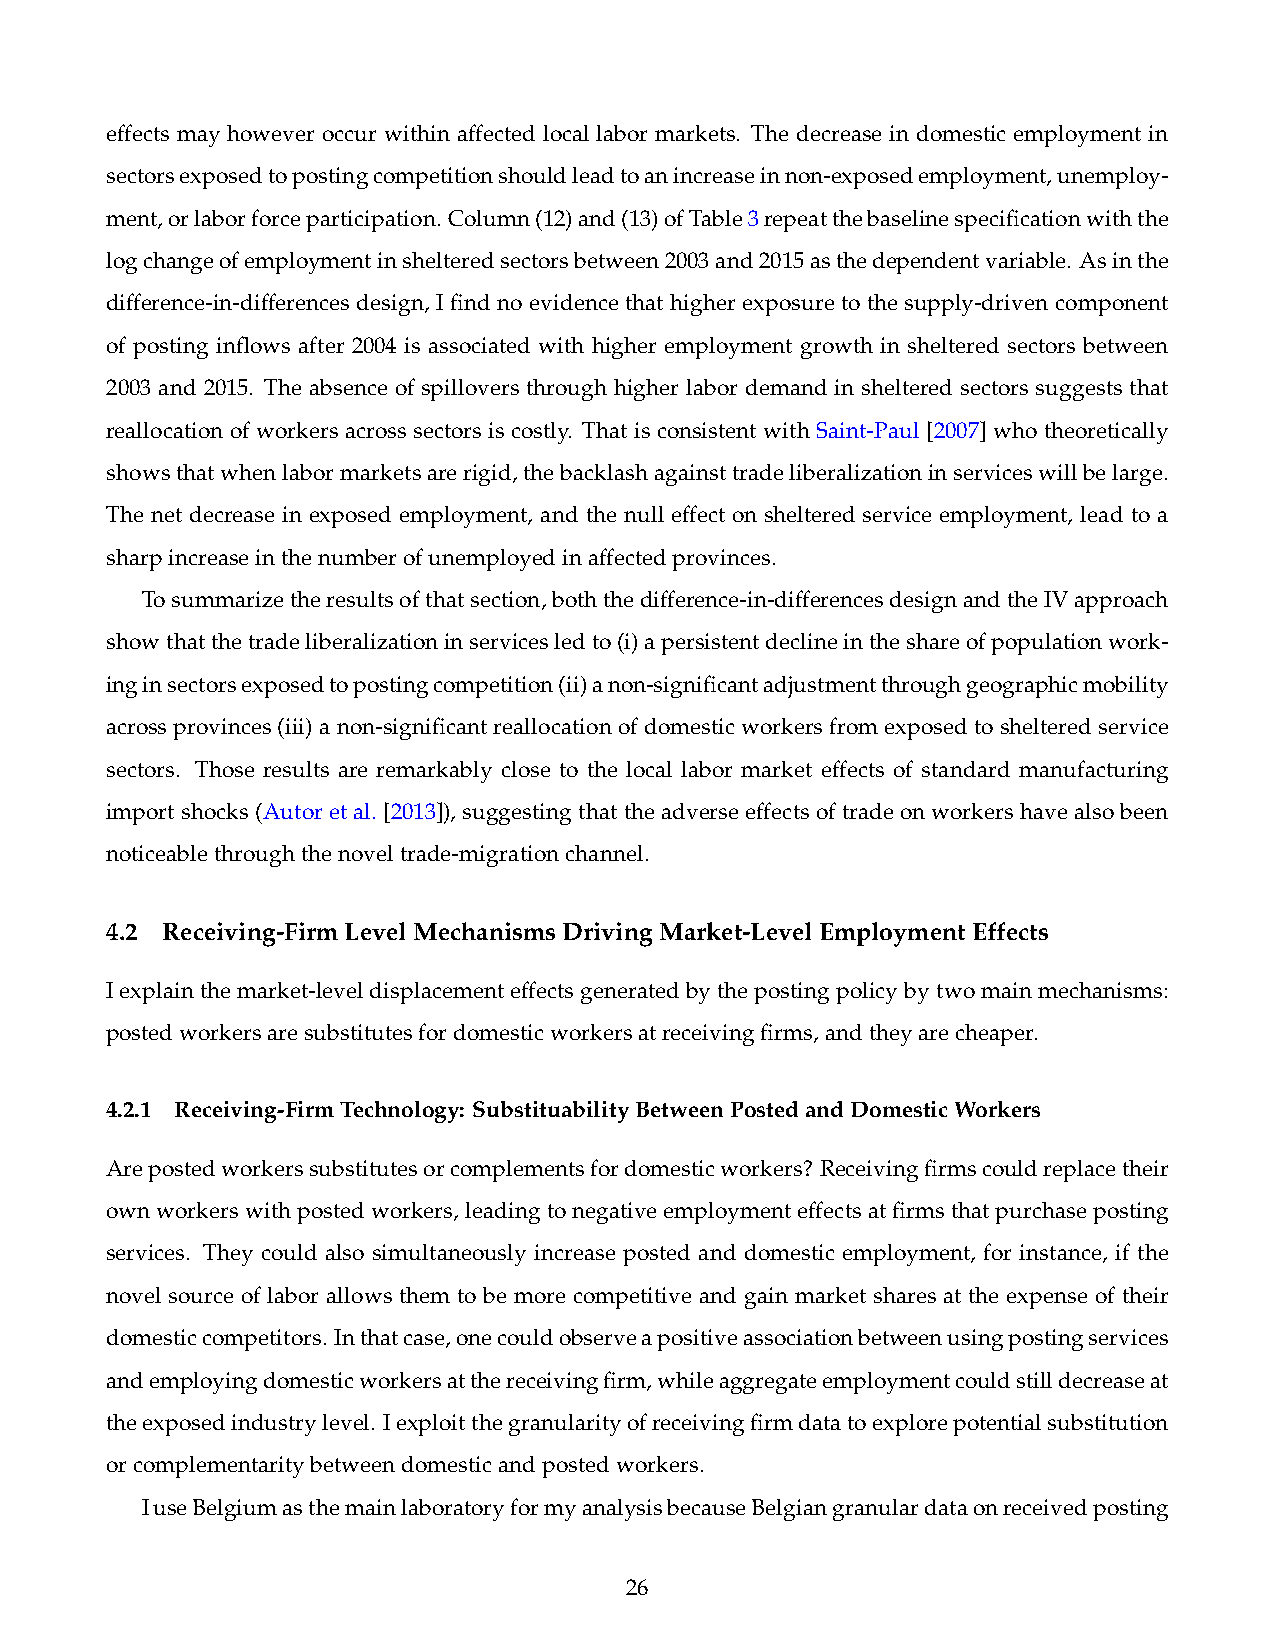
effects may however occur within affected local labor markets. The decrease in domestic employment in
 sectorsexposedtopostingcompetitionshouldleadtoanincreaseinnon-exposedemployment,unemploy-
 ment,orlaborforceparticipation. Column(12)and(13)ofTable3repeatthebaselinespecificationwiththe
 logchangeofemploymentinshelteredsectorsbetween2003and2015asthedependentvariable. Asinthe
 difference-in-differences design, I find no evidence that higher exposure to the supply-driven component
 of posting inflows after 2004 is associated with higher employment growth in sheltered sectors between
 2003 and 2015. The absence of spillovers through higher labor demand in sheltered sectors suggests that
 reallocation of workers across sectors is costly. That is consistent with Saint-Paul [2007] who theoretically
 showsthatwhenlabormarketsarerigid,thebacklashagainsttradeliberalizationinserviceswillbelarge.
 The net decrease in exposed employment, and the null effect on sheltered service employment, lead to a
 sharpincreaseinthenumberofunemployedinaffectedprovinces.
 Tosummarizetheresultsofthatsection,boththedifference-in-differencesdesignandtheIVapproach
 showthatthetradeliberalizationinservicesledto(i)apersistentdeclineintheshareofpopulationwork-
 inginsectorsexposedtopostingcompetition(ii)anon-significantadjustmentthroughgeographicmobility
 acrossprovinces(iii)anon-significantreallocationofdomesticworkersfromexposedtoshelteredservice
 sectors. Those results are remarkably close to the local labor market effects of standard manufacturing
 importshocks(Autoretal.[2013]),suggestingthattheadverseeffectsoftradeonworkershavealsobeen
 noticeablethroughthenoveltrade-migrationchannel.
 4.2 Receiving-FirmLevelMechanismsDrivingMarket-LevelEmploymentEffects
 Iexplainthemarket-leveldisplacementeffectsgeneratedbythepostingpolicybytwomainmechanisms:
 postedworkersaresubstitutesfordomesticworkersatreceivingfirms,andtheyarecheaper.
 4.2.1 Receiving-FirmTechnology: SubstituabilityBetweenPostedandDomesticWorkers
 Arepostedworkerssubstitutesorcomplementsfordomesticworkers? Receivingfirmscouldreplacetheir
 ownworkerswithpostedworkers,leadingtonegativeemploymenteffectsatfirmsthatpurchaseposting
 services. They could also simultaneously increase posted and domestic employment, for instance, if the
 novel source of labor allows them to be more competitive and gain market shares at the expense of their
 domesticcompetitors. Inthatcase,onecouldobserveapositiveassociationbetweenusingpostingservices
 andemployingdomesticworkersatthereceivingfirm,whileaggregateemploymentcouldstilldecreaseat
 theexposedindustrylevel. Iexploitthegranularityofreceivingfirmdatatoexplorepotentialsubstitution
 orcomplementaritybetweendomesticandpostedworkers.
 IuseBelgiumasthemainlaboratoryformyanalysisbecauseBelgiangranulardataonreceivedposting
 26